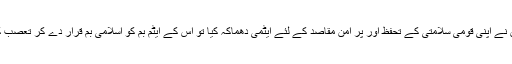
لیکن جب پاکستان نے اپنی قومی سلامتی کے تحفظ اور پر امن مقاصد کے لئے ایٹمی دھماکہ کیا تو اس کے ایٹم بم کو اسلامی بم قرار دے کر تعصب کا مظاہرہ کیا گیا۔